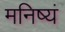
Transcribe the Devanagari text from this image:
मनिष्यं